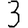
Digit: 3